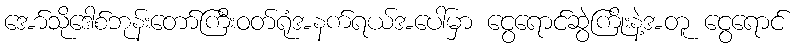
အော်သိုဒေါစ်ဘုန်းတော်ကြီးဝတ်ရုံအနက်ရယ်အပေါ်မှာ ငွေရောင်ဆွဲကြိုးနဲ့အတူ ငွေရောင်